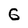
Character: G